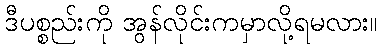
ဒီပစ္စည်းကို အွန်လိုင်းကမှာလို့ရမလား။